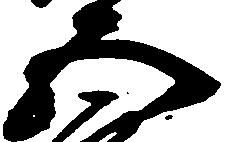
五